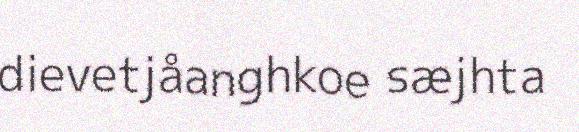
dievetjåanghkoe sæjhta